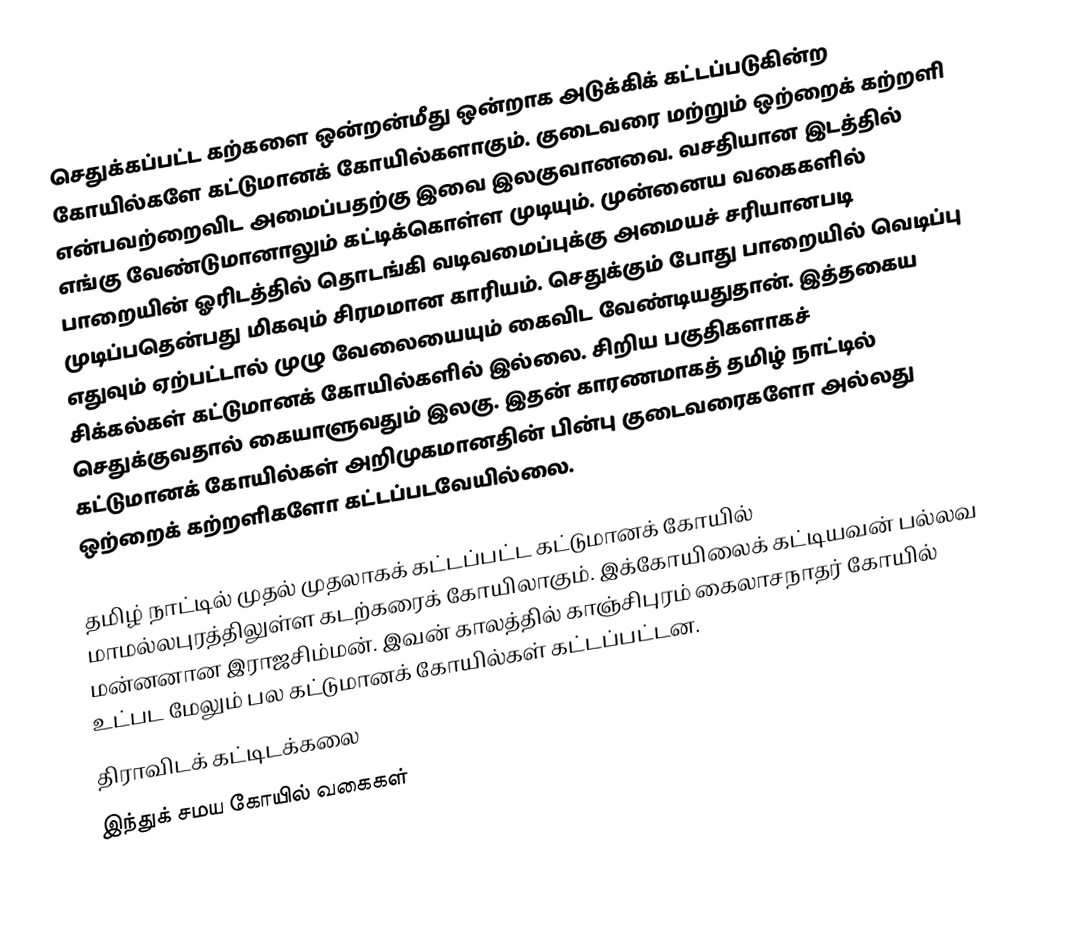
செதுக்கப்பட்ட கற்களை ஒன்றன்மீது ஒன்றாக அடுக்கிக் கட்டப்படுகின்ற கோயில்களே கட்டுமானக் கோயில்களாகும். குடைவரை மற்றும் ஒற்றைக் கற்றளி என்பவற்றைவிட அமைப்பதற்கு இவை இலகுவானவை. வசதியான இடத்தில் எங்கு வேண்டுமானாலும் கட்டிக்கொள்ள முடியும். முன்னைய வகைகளில் பாறையின் ஓரிடத்தில் தொடங்கி வடிவமைப்புக்கு அமையச் சரியானபடி முடிப்பதென்பது மிகவும் சிரமமான காரியம். செதுக்கும் போது பாறையில் வெடிப்பு எதுவும் ஏற்பட்டால் முழு வேலையையும் கைவிட வேண்டியதுதான். இத்தகைய சிக்கல்கள் கட்டுமானக் கோயில்களில் இல்லை. சிறிய பகுதிகளாகச் செதுக்குவதால் கையாளுவதும் இலகு. இதன் காரணமாகத் தமிழ் நாட்டில் கட்டுமானக் கோயில்கள் அறிமுகமானதின் பின்பு குடைவரைகளோ அல்லது ஒற்றைக் கற்றளிகளோ கட்டப்படவேயில்லை.

தமிழ் நாட்டில் முதல் முதலாகக் கட்டப்பட்ட கட்டுமானக் கோயில் மாமல்லபுரத்திலுள்ள கடற்கரைக் கோயிலாகும். இக்கோயிலைக் கட்டியவன் பல்லவ மன்னனான இராஜசிம்மன். இவன் காலத்தில் காஞ்சிபுரம் கைலாசநாதர் கோயில் உட்பட மேலும் பல கட்டுமானக் கோயில்கள் கட்டப்பட்டன.
திராவிடக் கட்டிடக்கலை
இந்துக் சமய கோயில் வகைகள்